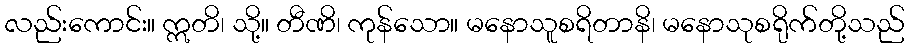
လည်းကောင်း။ ဣတိ၊ သို့။ တီဏိ၊ ကုန်သော။ မနောသူစရိတာနိ၊ မနောသုစရိုက်တို့သည်